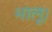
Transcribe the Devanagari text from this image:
भालू।